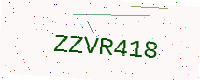
Text: ZZVR418